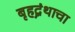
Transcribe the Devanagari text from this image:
बृहद्ग्रंथाचा